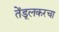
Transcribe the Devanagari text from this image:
तेंडूलकरचा